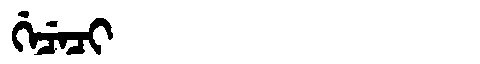
Manchu: ᡤᡝᠴᡝᠴᡳ
Romanization: GECECI